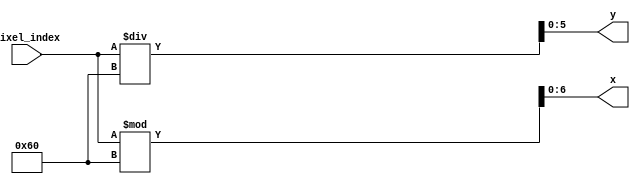
`timescale 1ns / 1ps
//////////////////////////////////////////////////////////////////////////////////
// Company: 
// Engineer: 
// 
// Design Name: 
// Module Name: x_y_converter
// Project Name: 
// Target Devices: 
// Tool Versions: 
// Description: 
// 
// Dependencies: 
// 
// Revision:
// Revision 0.01 - File Created
// Additional Comments:
// 
//////////////////////////////////////////////////////////////////////////////////


module x_y_converter(
    input [12:0] pixel_index,
    output [6:0] x,
    output [5:0] y
    );
    
    assign x = pixel_index % 96;
    assign y = pixel_index / 96;
endmodule